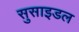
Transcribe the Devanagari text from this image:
सुसाइडल